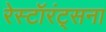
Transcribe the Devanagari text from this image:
रेस्टॉरंट्सना